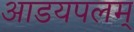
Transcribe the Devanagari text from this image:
आडयपलम्‌